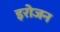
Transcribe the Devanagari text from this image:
इरोजन